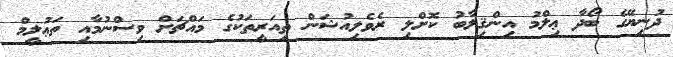
ދުނިޔޭގެ ބޯދާ ޢިލްމު އިންޤިލާބު ކޮށްލި ރެވެލިއުޝަން ތިއަރީތަކުގެ މައްޗަށް ވިސްނުމާއި ތަޢުލީމް